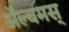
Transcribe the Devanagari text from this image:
अॅल्बमस्